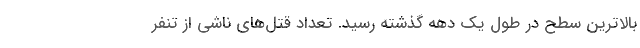
بالاترین سطح در طول یک دهه گذشته رسید. تعداد قتل‌های ناشی از تنفر